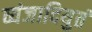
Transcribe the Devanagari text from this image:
व्यंजादियुतं